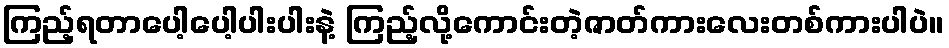
ကြည့်ရတာပေါ့ပေါ့ပါးပါးနဲ့ ကြည့်လို့ကောင်းတဲ့ဇာတ်ကားလေးတစ်ကားပါပဲ။